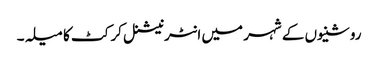
روشنیوں کے شہر میں انٹرنیشنل کرکٹ کا میلہ۔